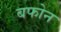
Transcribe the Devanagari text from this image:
बफोन